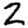
Digit: 2